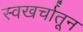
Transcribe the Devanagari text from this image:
स्वखर्चातून